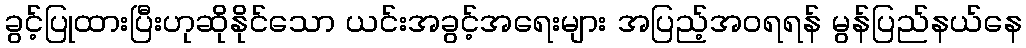
ခွင့်ပြုထားပြီးဟုဆိုနိုင်သော ယင်းအခွင့်အရေးများ အပြည့်အဝရရန် မွန်ပြည်နယ်နေ